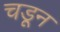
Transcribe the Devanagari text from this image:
चडून